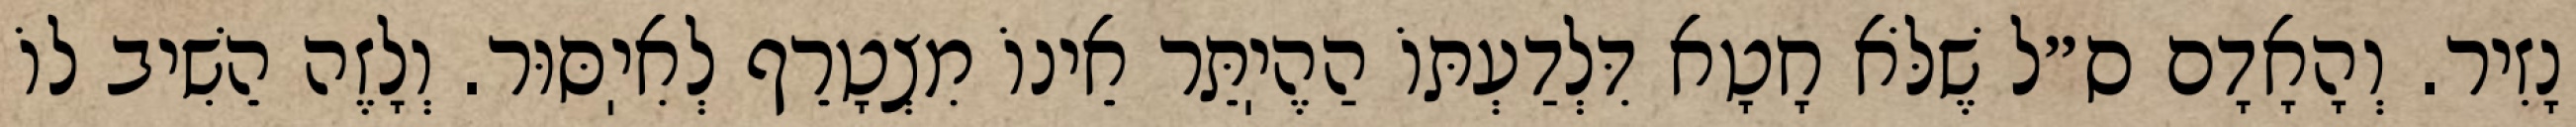
נָזִיר. וְהָאָדָם ס״ל שֶׁלֹּא חָטָא דִּלְדַעְתּוֹ הַהֶיֽתֵּר אֵינוֹ מִצְטָרֵף לְאִיֽסּוּר. וְלָזֶה הֵשִׁיב לוֹ